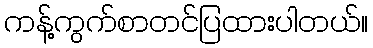
ကန့်ကွက်စာတင်ပြထားပါတယ်။